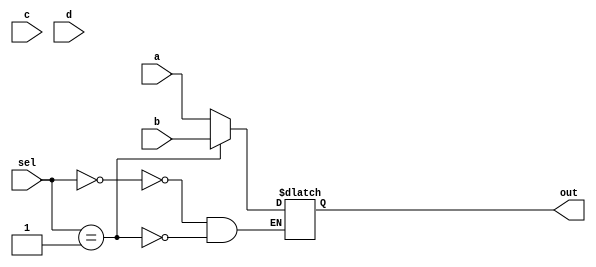
module mux_4to1_case ( input [3:0] a,                 // 4-bit input called a
                       input [3:0] b,                 // 4-bit input called b
                       input [3:0] c,                 // 4-bit input called c
                       input [3:0] d,                 // 4-bit input called d
                       input [1:0] sel,               // input sel used to select between a,b,c,d
                       output reg [3:0] out);         // 4-bit output based on input sel

   // This always block gets executed whenever a/b/c/d/sel changes value
   // When that happens, based on value in sel, output is assigned to either a/b/c/d
   always @ (a or b or c or d or sel) begin
      case (sel)
         2'h00 : out <= a;
         2'h01 : out <= b;
         2'h10 : out <= c;
         2'h11 : out <= d;
      endcase
   end
endmodule